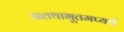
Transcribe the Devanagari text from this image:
अतथाभूतमप्यर्थ